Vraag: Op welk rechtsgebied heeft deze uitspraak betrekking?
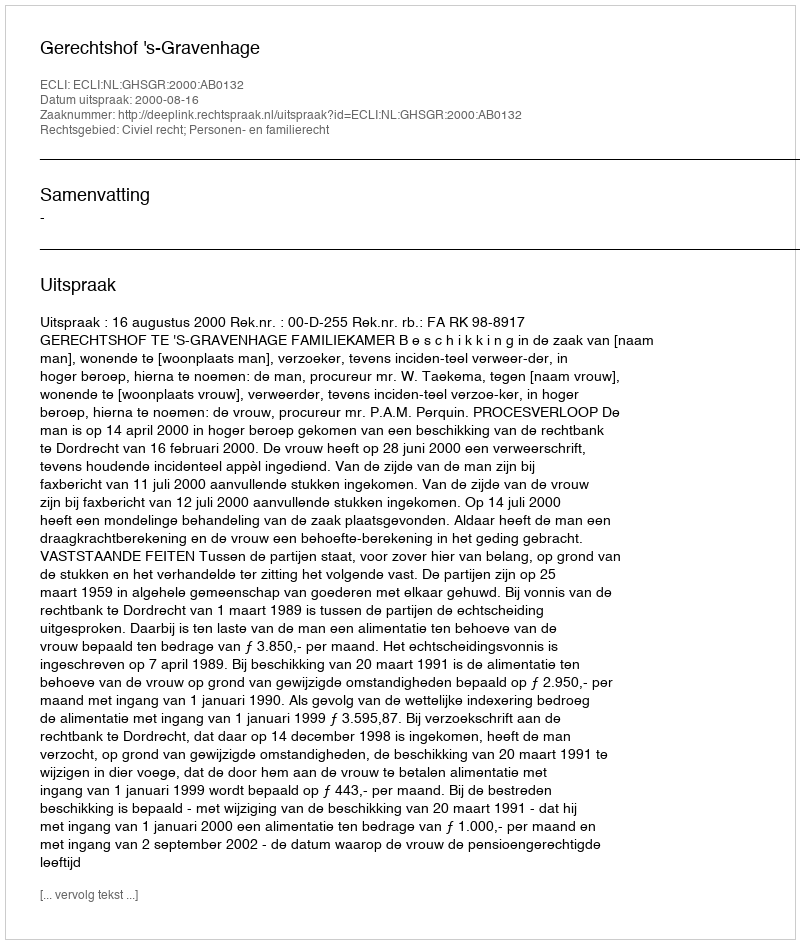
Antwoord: Civiel recht; Personen- en familierecht